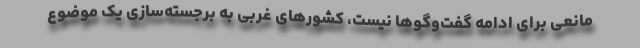
مانعی برای ادامه گفت‌وگوها نیست، کشورهای غربی به برجسته‌سازی یک موضوع